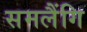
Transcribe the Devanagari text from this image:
समलैंगि